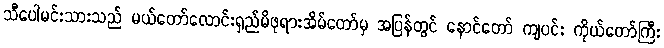
သီပေါမင်းသားသည် မယ်တော်လောင်းရှည်မိဖုရားအိမ်တော်မှ အပြန်တွင် နောင်တော် ကျပင်း ကိုယ်တော်ကြီး